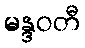
မန္ဒဝတီ